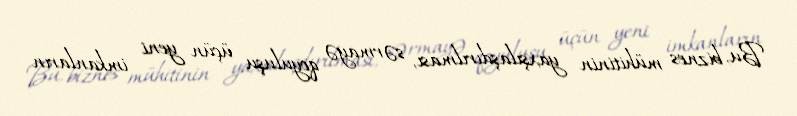
Bu, biznes mühitinin yaxşılaşdırılması, sərmayə qoyuluşu üçün yeni imkanların